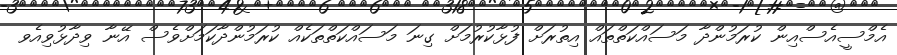
އެމްސީއެސްއިން ކުރަމުންދާ މަސައްކަތްތައް އިތުރަށް ފުޅާކުރުމަށް ގިނަ މަސައްކަތްތަކެއް ކުރަމުންދާކަމަށްވެސް އޭނާ ވިދާޅުވިއެވ